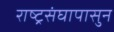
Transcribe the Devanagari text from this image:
राष्ट्रसंघापासुन